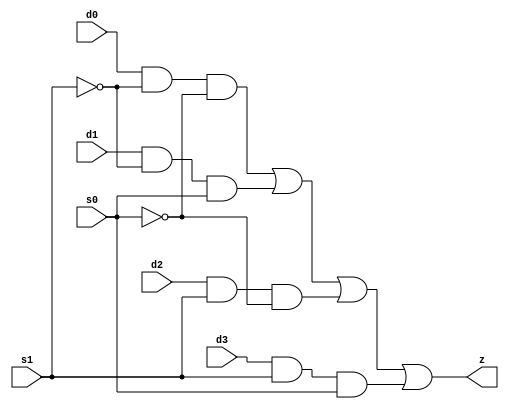
// This program was cloned from: https://github.com/siliconcompiler/lambdalib
// License: MIT License

//#############################################################################
//# Function: 4-Input Mux                                                     #
//# Copyright: Lambda Project Authors. All rights Reserved.                   #
//# License:  MIT (see LICENSE file in Lambda repository)                     #
//#############################################################################

module la_mux4 #(
    parameter PROP = "DEFAULT"
) (
    input  d0,
    input  d1,
    input  d2,
    input  d3,
    input  s0,
    input  s1,
    output z
);

    assign z = (d0 & ~s1 & ~s0) | (d1 & ~s1 & s0) | (d2 & s1 & ~s0) | (d3 & s1 & s0);

endmodule